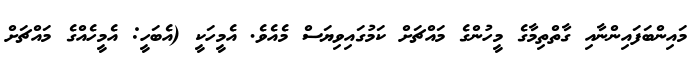
މައިންބަފައިންނާއި ގާތްތިމާގެ މީހުންގެ މައްޗަށް ކަމުގައިވިޔަސް މެއެވެ. އެމީހަކީ (އެބަހީ: އެމީހެއްގެ މައްޗަށް